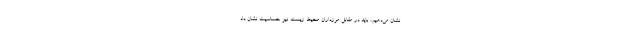
نشان می‌دهیم، باید در مقابل مرزداران محیط زیست نیز حساسیت نشان داد.